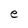
Character: e